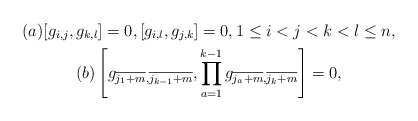
\begin{gather*}(a)[g_{i,j},g_{k,l}]=0, [g_{i,l},g_{j,k}]=0, 1 \le i < j < k < l \le n,\\(b)\left[g_{\overline {j_{1}+m}, \overline{j_{k-1}+m}}, \prod_{a=1}^{k-1}g_{\overline {j_{a}+m}, \overline{j_{k}+m}} \right]=0,\end{gather*}